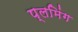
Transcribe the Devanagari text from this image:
प्लमिंग